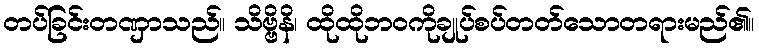
တပ်ခြင်းတဏှာသည်။ သိဗ္ဗိနိ၊ ထိုထိုဘဝကိုချုပ်စပ်တတ်သောတရားမည်၏။